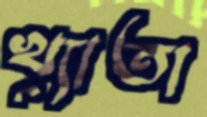
খ্যাতা